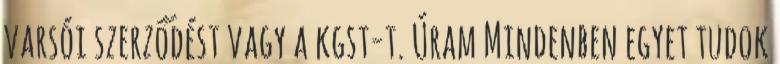
varsói szerződést vagy a kgst-t. Úram Mindenben egyet tudok